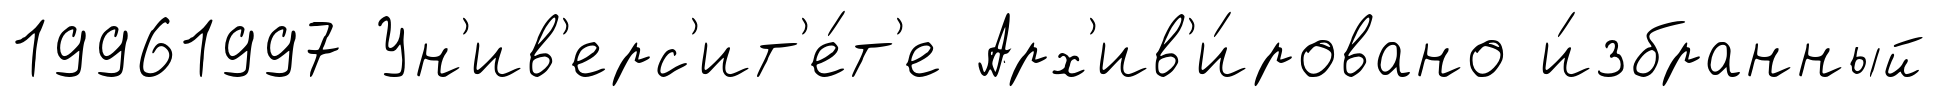
19961997 Ун'ив'ерс'ит'е́т'е Арх'ив'и́ровано и́збранный